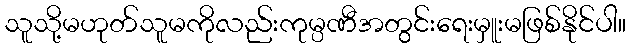
သူသို့မဟုတ်သူမကိုလည်းကုမ္ပဏီအတွင်းရေးမှူးမဖြစ်နိုင်ပါ။